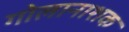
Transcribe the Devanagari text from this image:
गोलानाशक